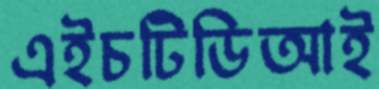
এইচটিডিআই